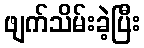
ဖျက်သိမ်းခဲ့ပြီး